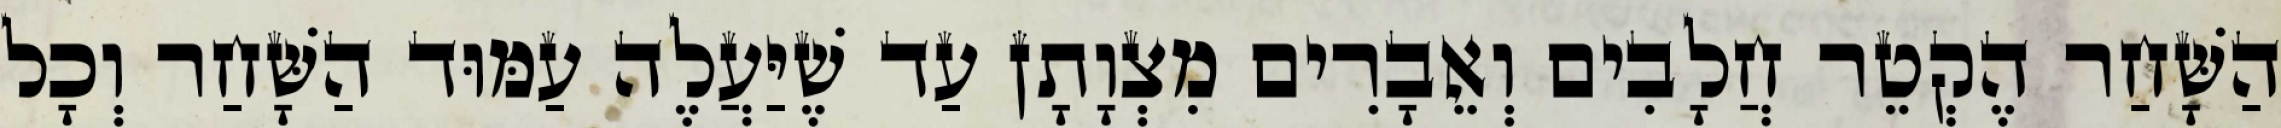
הַשָּׁחַר הֶקְטֵר חֲלָבִים וְאֵבָרִים מִצְוָתָן עַד שֶׁיַּעֲלֶה עַמּוּד הַשָּׁחַר וְכָל